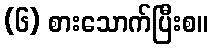
(၆) စားသောက်ပြီးစ။